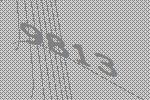
9813